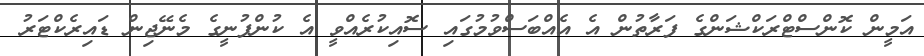
އަމީން ކޮންސްޓްރަކްޝަންގެ ފަރާތުން އެ އެއްބަސްވުމުގައި ސޮއިކުރެއްވީ އެ ކުންފުނީގެ މެނޭޖިން ޑައިރެކްޓަރު